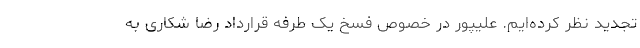
تجدید نظر کرده‌ایم. علیپور در خصوص فسخ یک طرفه قرارداد رضا شکاری به